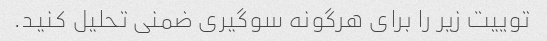
توییت زیر را برای هرگونه سوگیری ضمنی تحلیل کنید.